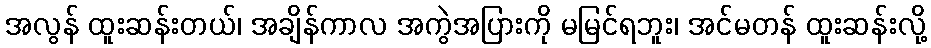
အလွန် ထူးဆန်းတယ်၊ အချိန်ကာလ အကွဲအပြားကို မမြင်ရဘူး၊ အင်မတန် ထူးဆန်းလို့